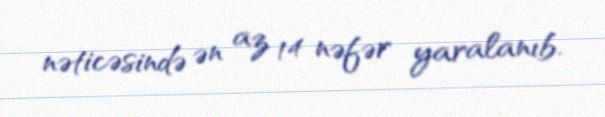
nəticəsində ən az 14 nəfər yaralanıb.